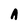
Character: A